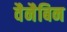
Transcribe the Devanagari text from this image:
वैनैबिन